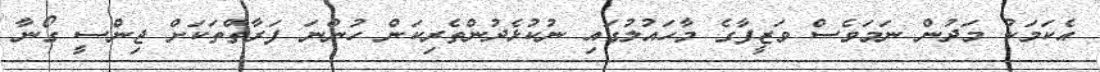
އެކަމަކު މަދުން ނަމަވެސް ވަޒީފާގެ މާހައުލުގައި ނުކުޅެދުންތެރިކަން ހުންނަ ފަރާތްތަކަށް ޖިންސީ ގޯނާ